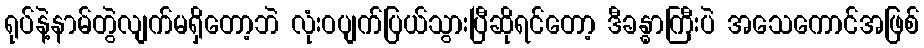
ရုပ်နဲ့နာမ်တွဲလျက်မရှိတော့ဘဲ လုံးဝပျက်ပြယ်သွားပြီဆိုရင်တော့ ဒီခန္ဓာကြီးပဲ အသေကောင်အဖြစ်